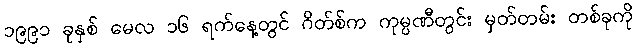
၁၉၉၁ ခုနှစ် မေလ ၁၆ ရက်နေ့တွင် ဂိတ်စ်က ကုမ္ပဏီတွင်း မှတ်တမ်း တစ်ခုကို